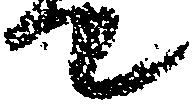
て